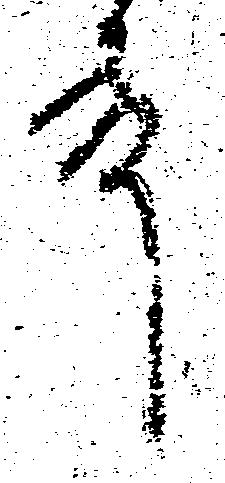
殿